Sketch of the medical history of the native army of Bombay, for the year
Year: 1872
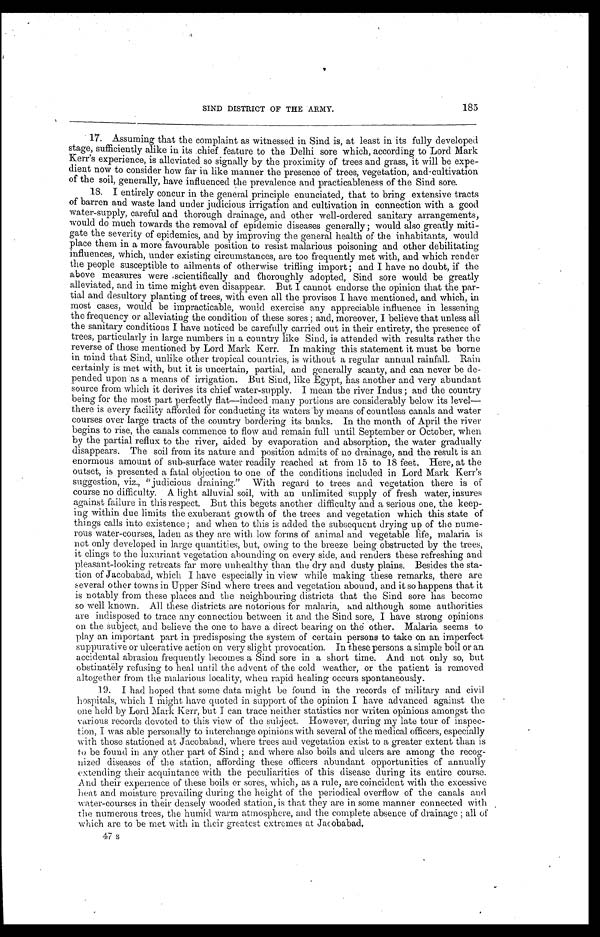
185
SIND DISTRICT OF THE ARMY.
17. Assuming that the complaint as witnessed in Sind is, at least in its fully developed
stage, sufficiently alike in its chief feature to the Delhi sore which, according to Lord Mark
Kerr's experience, is alleviated so signally by the proximity of trees and grass, it will be expe-
dient now to consider how far in like manner the presence of trees, vegetation, and cultivation
of the soil, generally, have influenced the prevalence and practicableness of the Sind sore.
18. I entirely concur in the general principle enunciated, that to bring extensive tracts
of barren and waste land under judicious irrigation and cultivation in connection with a good
water-supply, careful and thorough drainage, and other well-ordered sanitary arrangements,
would do much towards the removal of epidemic diseases generally ; would also greatly miti-
gate the severity of epidemics, and by improving the general health of the inhabitants, would
place them in a more favourable position to resist malarious poisoning and other debilitating
influences, which, under existing circumstances, are too frequently met with, and which render
the people susceptible to ailments of otherwise trifling import ; and I have no doubt, if the
above measures were scientifically and thoroughly adopted, Sind sore would be greatly
alleviated, and in time might even disappear. But I cannot endorse the opinion that the par-
tial and desultory planting of trees, with even all the provisos I have mentioned, and which, in
most cases, would be impracticable, would exercise any appreciable influence in lessening
the frequency or alleviating the condition of these sores ; and, moreover, I believe that unless all
the sanitary conditions I have noticed be carefully carried out in their entirety, the presence of
trees, particularly in large numbers in a country like Sind, is attended with results rather the
reverse of those mentioned by Lord Mark Kerr. In making this statement it must be borne
in mind that Sind, unlike other tropical countries, is without a regular annual rainfall. Rain
certainly is met with, but it is uncertain, partial, and generally scanty, and can never be de-
pended upon as a means of irrigation. But Sind, like Egypt, has another and very abundant
source from which it derives its chief water-supply. I mean the river Indus ; and the country
being for the most part perfectly flat—indeed many portions are considerably below its level—
there is every facility afforded for conducting its waters by means of countless canals and water
courses over large tracts of the country bordering its banks. In the month of April the river
begins to rise, the canals commence to flow and remain full until September or October, when
by the partial reflux to the river, aided by evaporation and absorption, the water gradually
disappears. The soil from its nature and position admits of no drainage, and the result is an
enormous amount of sub-surface water readily reached at from 15 to 18 feet. Here, at the
outset, is presented a fatal objection to one of the conditions included in Lord Mark Kerr's
suggestion, viz., " judicious draining." With regard to trees and vegetation there is of
course no difficulty. A light alluvial soil, with an unlimited supply of fresh water, insures
against failure in this respect. But this begets another difficulty and a serious one, the keep-
ing within due limits the exuberant growth of the trees and vegetation which this state of
things calls into existence ; and when to this is added the subsequent drying up of the nume-
rous water-courses, laden as they are with low forms of animal and vegetable life, malaria is
not only developed in large quantities, but, owing to the breeze being obstructed by the trees,
it clings to the luxuriant vegetation abounding on every side, and renders these refreshing and
pleasant-looking retreats far more unhealthy than the dry and dusty plains. Besides the sta-
tion of Jacobabad, which I have especially in view while making these remarks, there are
several other towns in Upper Sind where trees and vegetation abound, and it so happens that it
is notably from these places and the neighbouring districts that the Sind sore has become
so well known. All these districts are notorious for malaria, and although some authorities
are indisposed to trace any connection between it and the Sind sore, I have strong opinions
on the subject, and believe the one to have a direct bearing on the other. Malaria seems to
play an important part in predisposing the system of certain persons to take on an imperfect
suppurative or ulcerative action on very slight provocation. In these persons a simple boil or an
accidental abrasion frequently becomes a Sind sore in a short time. And not only so, but
obstinately refusing to heal until the advent of the cold weather, or the patient is removed
altogether from the malarious locality, when rapid healing occurs spontaneously.
19. I had hoped that some data might be found in the records of military and civil
hospitals, which I might have quoted in support of the opinion I have advanced against the
one held by Lord Mark Kerr, but I can trace neither statistics nor writen opinions amongst the
various records devoted to this view of the subject. However, during my late tour of inspec-
tion, I was able personally to interchange opinions with several of the medical officers, especially
with those stationed at Jacobabad, where trees and vegetation exist to a greater extent than is
to be found in any other part of Sind ; and where also boils and ulcers are among the recog-
nized diseases of the station, affording these officers abundant opportunities of annually
extending their acquintance with the peculiarities of this disease during its entire course.
And their experience of these boils or sores, which, as a rule, are coincident with the excessive
heat and moisture prevailing during the height of the periodical overflow of the canals and
water-courses in their densely wooded station, is that they are in some manner connected with
the numerous trees, the humid warm atmosphere, and the complete absence of drainage ; all of
which are to be met with in their greatest extremes at Jacobabad.
47 s